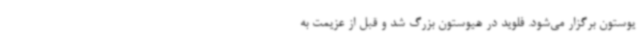
یوستون برگزار می‌شود. فلوید در هیوستون بزرگ شد و قبل از عزیمت به